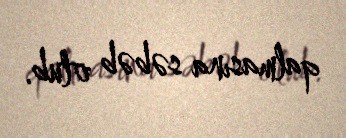
qalmasına səbəb olub.